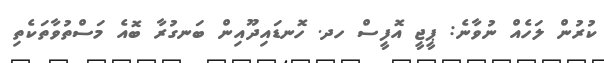
ކުރުން ލަހެއް ނުވާނެ: ޕީޖީ އޮފީސް ހދ. ހޮނޑައިދޫއިން ބަނގުރާ ބޮއެ މަސްތުވާތަކެތި